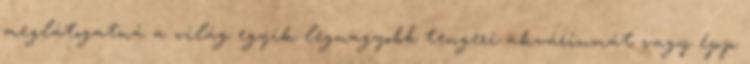
meglátogatná a világ egyik legnagyobb tengeri akváriumát vagy épp